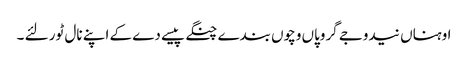
اوہناں نیدوجے گروپاں وچوں بندے چنگے پیسے دے کے اپنے نال ٹور لئے ۔